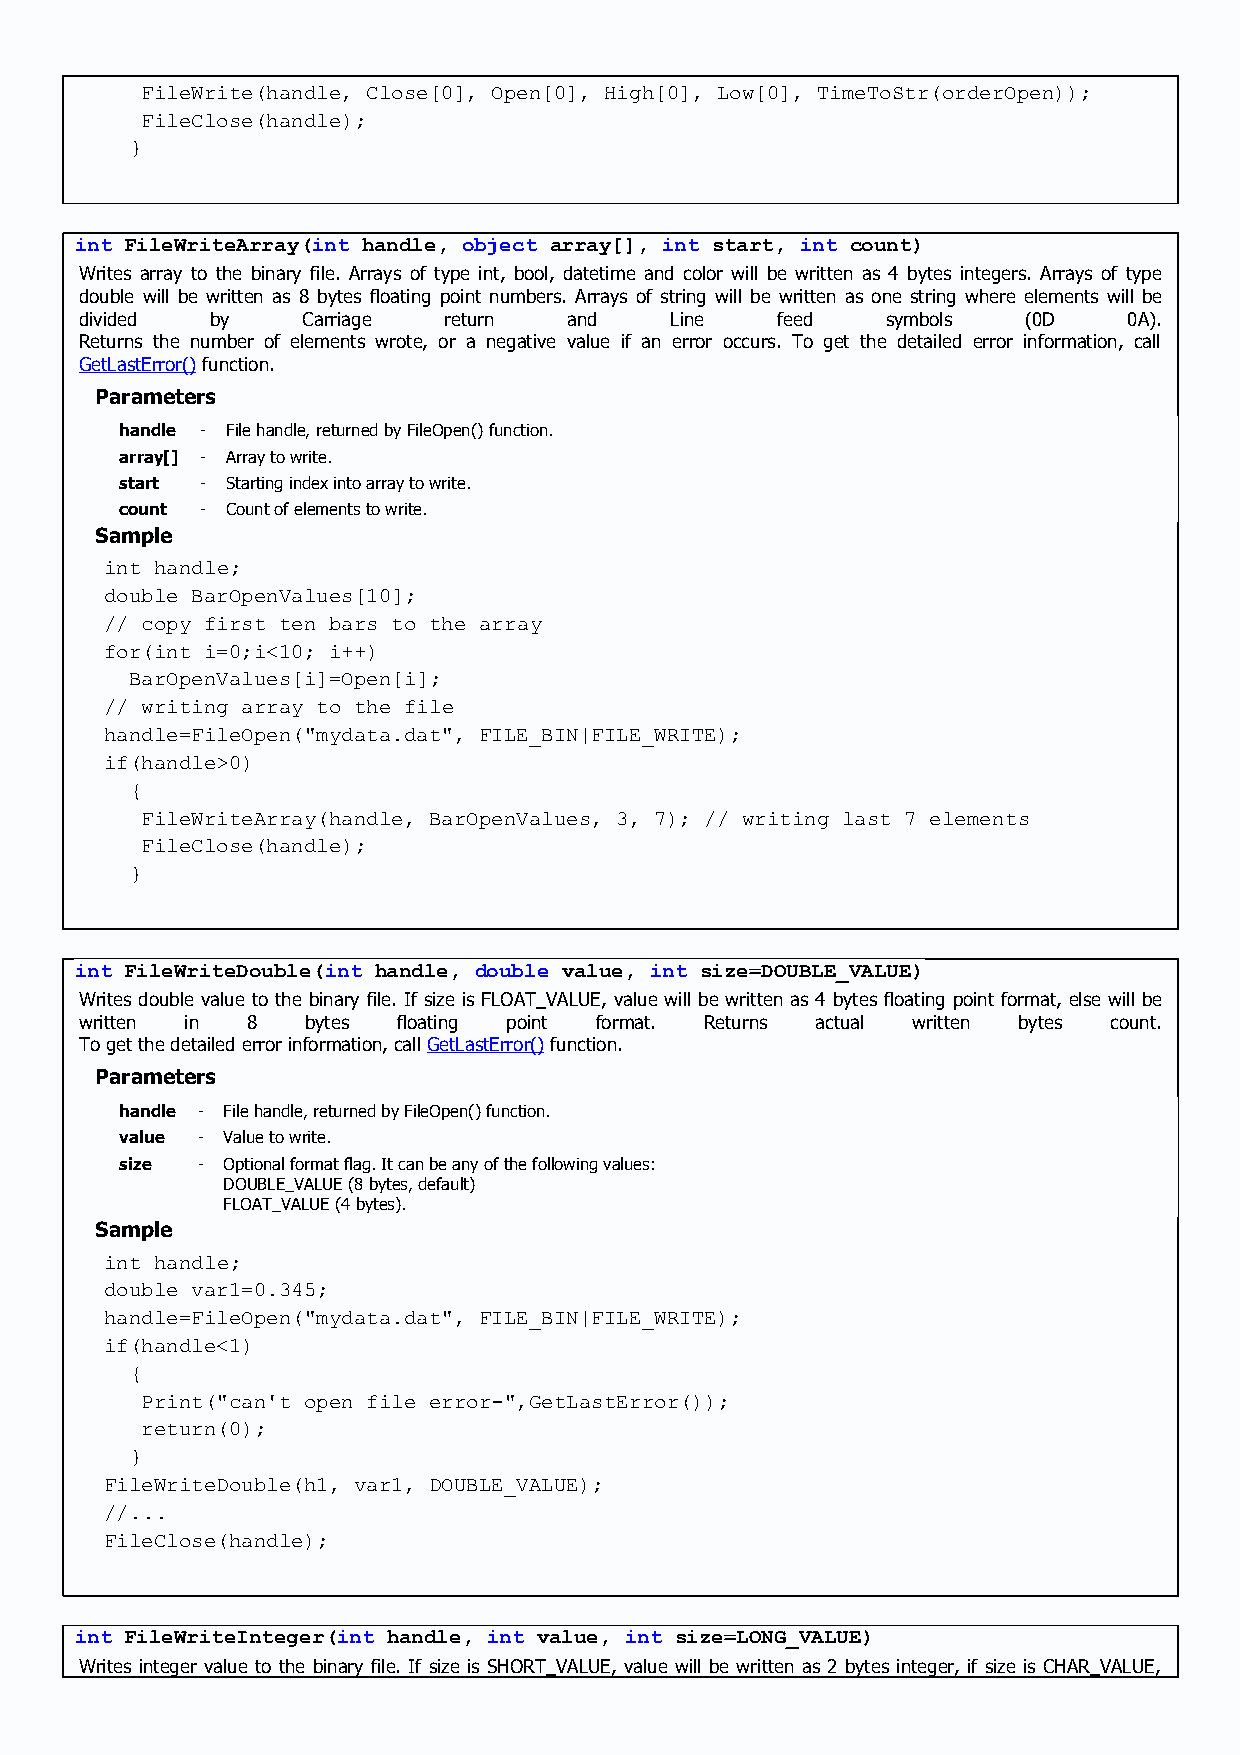
FileWrite(handle, Close[0], Open[0], High[0], Low[0], TimeToStr(orderOpen));
 FileClose(handle);
 }
 int FileWriteArray(int handle, object array[], int start, int count)
 Writes array to the binary file. Arrays of type int, bool, datetime and color will be written as 4 bytes integers. Arrays of type
 double will be written as 8 bytes floating point numbers. Arrays of string will be written as one string where elements will be
 divided  by    Carriage return   and   Line   feed    symbols  (0D    0A).
 Returns the number of elements wrote, or a negative value if an error occurs. To get the detailed error information, call
 GetLastError() function.
 Parameters
 handle - File handle, returned by FileOpen() function.
 array[] - Array to write.
 start - Starting index into array to write.
 count - Count of elements to write.
 Sample
 int handle;
 double BarOpenValues[10];
 // copy first ten bars to the array
 for(int i=0;i<10; i++)
 BarOpenValues[i]=Open[i];
 // writing array to the file
 handle=FileOpen("mydata.dat", FILE_BIN|FILE_WRITE);
 if(handle>0)
 {
 FileWriteArray(handle, BarOpenValues, 3, 7); // writing last 7 elements
 FileClose(handle);
 }
 int FileWriteDouble(int handle, double value, int size=DOUBLE_VALUE)
 Writes double value to the binary file. If size is FLOAT_VALUE, value will be written as 4 bytes floating point format, else will be
 written in 8   bytes floating point format. Returns actual written bytes count.
 To get the detailed error information, call GetLastError() function.
 Parameters
 handle - File handle, returned by FileOpen() function.
 value - Value to write.
 size - Optional format flag. It can be any of the following values:
 DOUBLE_VALUE (8 bytes, default)
 FLOAT_VALUE (4 bytes).
 Sample
 int handle;
 double var1=0.345;
 handle=FileOpen("mydata.dat", FILE_BIN|FILE_WRITE);
 if(handle<1)
 {
 Print("can't open file error-",GetLastError());
 return(0);
 }
 FileWriteDouble(h1, var1, DOUBLE_VALUE);
 //...
 FileClose(handle);
 int FileWriteInteger(int handle, int value, int size=LONG_VALUE)
 Writes integer value to the binary file. If size is SHORT_VALUE, value will be written as 2 bytes integer, if size is CHAR_VALUE,